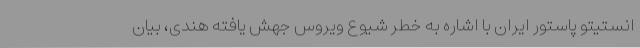
انستیتو پاستور ایران با اشاره به خطر شیوع ویروس جهش یافته هندی، بیان